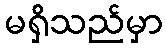
မရှိသည်မှာ